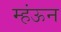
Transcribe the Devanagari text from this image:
म्हंऊन